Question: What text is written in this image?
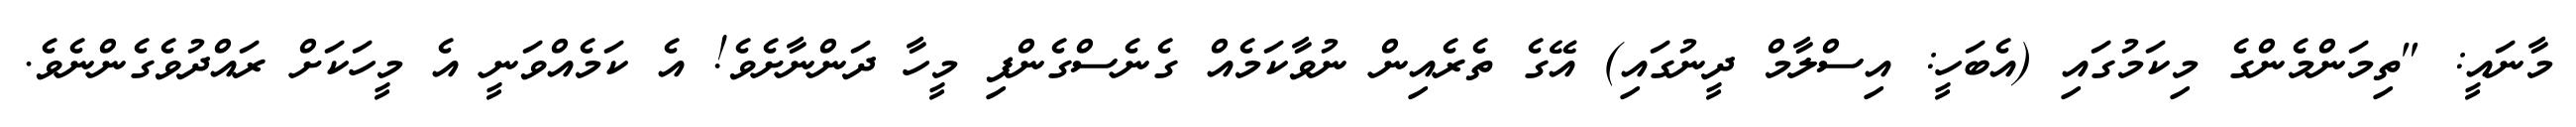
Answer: މާނައީ: "ތިމަންމެންގެ މިކަމުގައި (އެބަހީ: އިސްލާމް ދީނުގައި) އޭގެ ތެރެއިން ނުވާކަމެއް ގެނެސްގެންފި މީހާ ދަންނާށެވެ! އެ ކަމެއްވަނީ އެ މީހަކަށް ރައްދުވެގެންނެވެ.